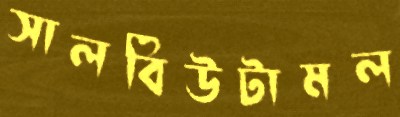
সালবিউটামল